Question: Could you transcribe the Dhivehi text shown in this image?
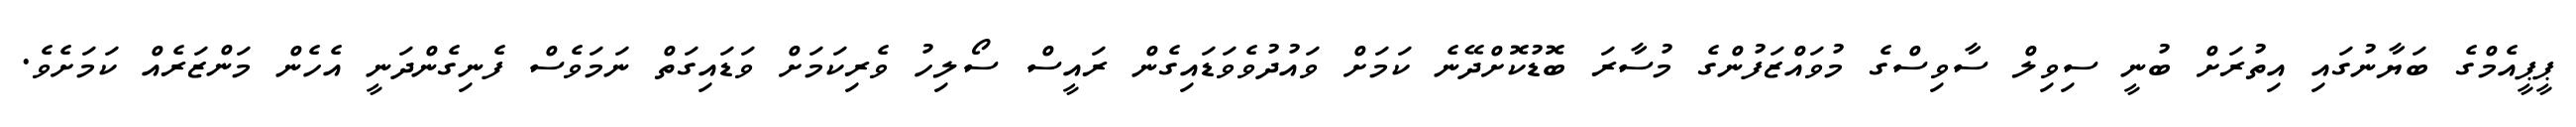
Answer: ޕީޕީއެމްގެ ބަޔާނުގައި އިތުރަށް ބުނީ ސިވިލް ސާވިސްގެ މުވައްޒަފުންގެ މުސާރަ ބޮޑުކޮށްދޭނެ ކަމަށް ވައުދުވެވަޑައިގެން ރައީސް ސޯލިހު ވެރިކަމަށް ވަޑައިގަތް ނަމަވެސް ފެނިގެންދަނީ އެހެން މަންޒަރެއް ކަމަށެވެ.